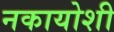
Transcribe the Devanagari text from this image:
नकायोशी